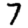
Digit: 7